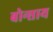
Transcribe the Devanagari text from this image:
बोन्साय